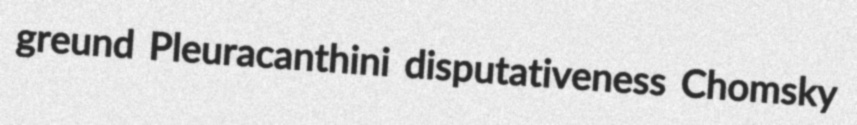
greund Pleuracanthini disputativeness Chomsky